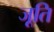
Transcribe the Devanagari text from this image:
जूति